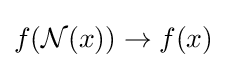
f({\mathcal {N}}(x))\to f(x)